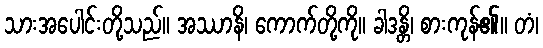
သားအပေါင်းတို့သည်။ အဿာနိ၊ ကောက်တို့ကို။ ခါဒန္တိ၊ စားကုန်၏။ တံ၊